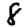
Digit: 8